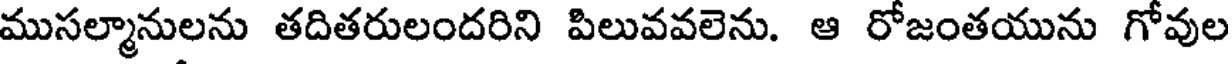
ముసల్మానులను తదితరులందరిని పిలువవలెను. ఆ రోజంతయును గోవుల